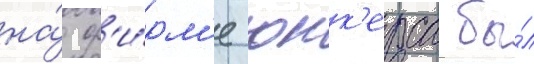
на́ ф'и́рм'е юнк'ерса бы́л